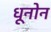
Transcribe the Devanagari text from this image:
धूनोन